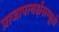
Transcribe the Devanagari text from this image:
प्राजापत्यर्क्षसम्भूतो